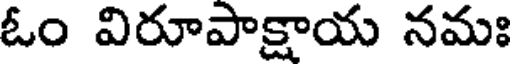
ఓం విరూపాక్షాయ నమః